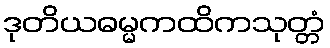
ဒုတိယဓမ္မကထိကသုတ္တံ